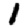
Digit: 1